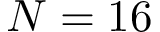
N = 1 6